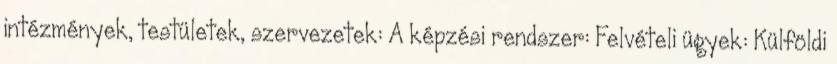
intézmények, testületek, szervezetek: A képzési rendszer: Felvételi ügyek: Külföldi